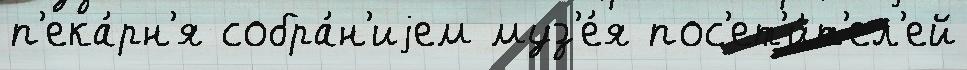
п'ека́рн'я собра́н'иjем муз'е́я пос'ет'и́т'ел'ей